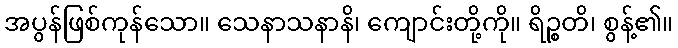
အပွန်ဖြစ်ကုန်သော။ သေနာသနာနိ၊ ကျောင်းတို့ကို။ ရိဉ္စတိ၊ စွန့်၏။